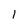
Character: 1